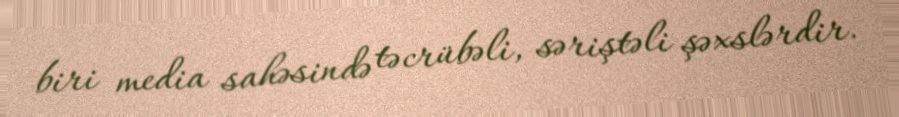
biri media sahəsində təcrübəli, səriştəli şəxslərdir.